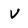
Character: v